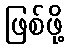
ဖြစ်ဖို့